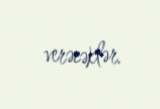
verəcəklər.